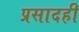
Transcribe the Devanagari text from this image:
प्रसादही